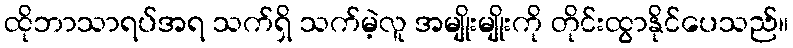
ထိုဘာသာရပ်အရ သက်ရှိ သက်မဲ့လူ အမျိုးမျိုးကို တိုင်းထွာနိုင်ပေသည်။